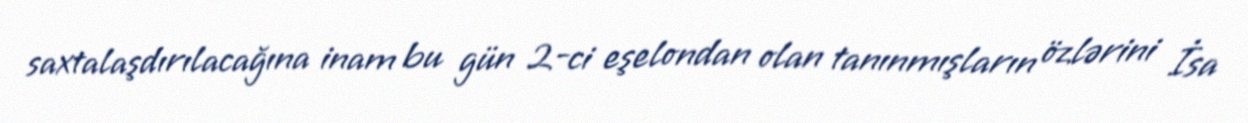
saxtalaşdırılacağına inam bu gün 2-ci eşelondan olan tanınmışların özlərini İsa